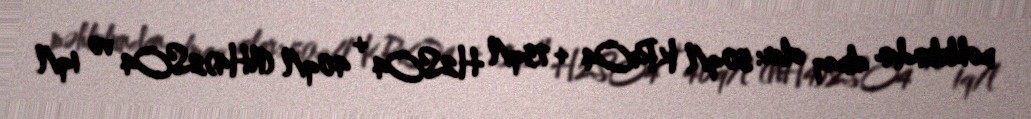
məhlulundan almaq olar: 50q/l KReO4 + 75q/l H2SO4 + 40q/l (NH4)2SO4 və 1q/l